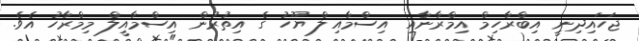
ޖަހައިދިނީ އިބްރާހިމް އިމްރާނާއި އިސްމާއިލް ޔޫހު ގެ އިތުރުން އިސްމާއީލް މިމްރާހު އެވެ.